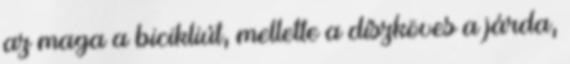
az maga a bicikliút, mellette a díszköves a járda,